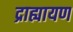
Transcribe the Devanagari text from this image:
द्राह्यायण